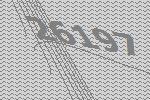
26197